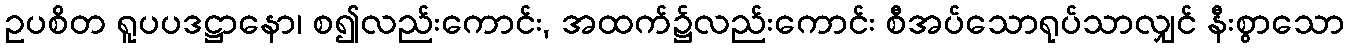
ဥပစိတ ရူပပဒဋ္ဌာနော၊ စ၍လည်းကောင်း, အထက်၌လည်းကောင်း စီအပ်သောရုပ်သာလျှင် နီးစွာသော